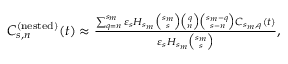
\begin{array} { l l } { C _ { s , n } ^ { ( \mathrm { n e s t e d } ) } ( t ) \approx \frac { \sum _ { q = n } ^ { s _ { m } } \varepsilon _ { s } H _ { s _ { m } } { \binom { s _ { m } } { s } } { \binom { q } { n } } { \binom { s _ { m } - q } { s - n } } C _ { s _ { m } , q } ( t ) } { \varepsilon _ { s } H _ { s _ { m } } { \binom { s _ { m } } { s } } } , } \end{array}